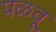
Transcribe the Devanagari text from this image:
पळवू